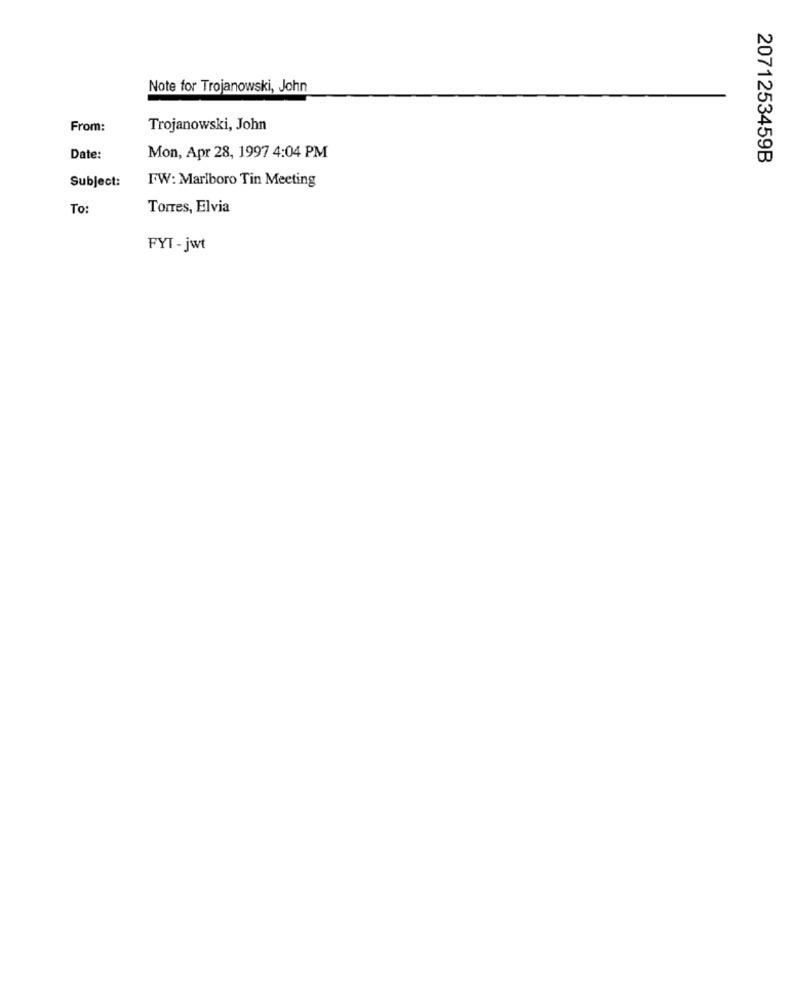
Note for Trojanowski, John
From:
Trojanowski, John
Date:
Mon, Apr 28, 1997 4:04 PM
2071253459B
Subject:
FW: Marlboro Tin Meeting
To:
Torres, Elvia
FYT - jwt